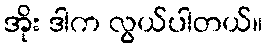
အိုး ဒါက လွယ်ပါတယ်။